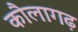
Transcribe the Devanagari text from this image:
कौलागढ़